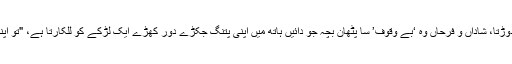
یا میری گلی میں دوڑتا، شاداں و فرحاں وہ ‘بے وقوف’ سا پٹھان بچہ جو دائیں ہاتھ میں اپنی پتنگ جکڑے دُور کھڑے ایک لڑکے کو للکارتا ہے، "تُو اپنا جہاز نکال نا آج!